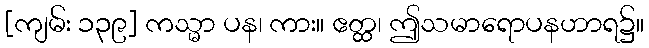
[ကျမ်း ၁၃၉] ကသ္မာ ပန၊ ကား။ ဧတ္ထ၊ ဤသမာရောပနဟာရ၌။